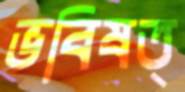
ভবিষত্